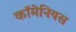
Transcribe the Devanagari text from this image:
कॉमेनियस